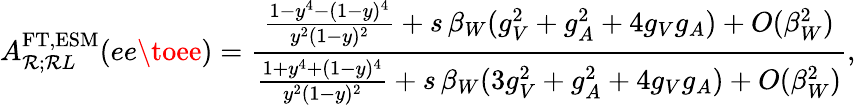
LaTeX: A_{\mathcal{R};\mathcal{R}L}^{\mathrm{{FT,ESM}}}(ee\toee)=\frac{{\frac{{1-y^{4}-(1-y)^{4}}}{{y^{2}(1-y)^{2}}}+s\, \beta_{W}(g_{V}^{2}+g_{A}^{2}+4g_{V}g_{A})+O(\beta_{W}^{2})}}{{\frac{{1+y^{4}+(1-y)^{4}}}{{y^{2}(1-y)^{2}}}+s\, \beta_{W}(3g_{V}^{2}+g_{A}^{2}+4g_{V}g_{A})+O(\beta_{W}^{2})}},